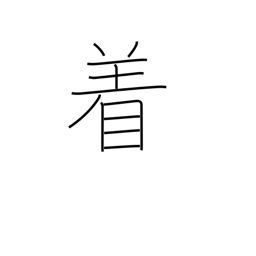
Meaning: counter for suits of clothing